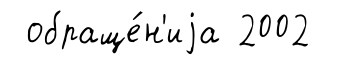
обраще́н'иjа 2002